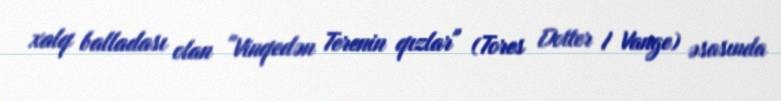
xalq balladası olan "Vinqedən Terenin qızlar" (Tores Dotter I Vange) əsasında